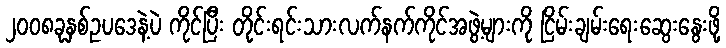
၂၀၀၈ခုနှစ်ဥပဒေနဲ့ပဲ ကိုင်ပြီး တိုင်းရင်းသားလက်နက်ကိုင်အဖွဲ့များကို ငြိမ်းချမ်းရေးဆွေးနွေးဖို့